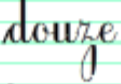
douze